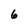
Character: 6